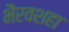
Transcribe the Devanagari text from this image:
भैरवशहा